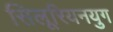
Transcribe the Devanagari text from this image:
सिलूरियनयुग